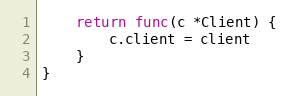
Language: Go
	return func(c *Client) {
		c.client = client
	}
}